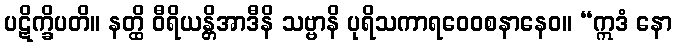
ပဋိက္ခိပတိ။ နတ္ထိ ဝီရိယန္တိအာဒီနိ သဗ္ဗာနိ ပုရိသကာရဝေဝစနာနေဝ။ “ဣဒံ နော